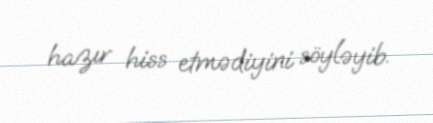
hazır hiss etmədiyini söyləyib.